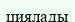
циялады